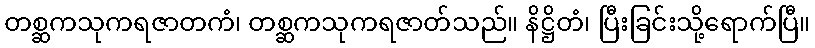
တစ္ဆကသုကရဇာတကံ၊ တစ္ဆကသုကရဇာတ်သည်။ နိဋ္ဌိတံ၊ ပြီးခြင်းသို့ရောက်ပြီ။